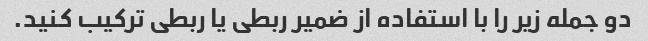
دو جمله زیر را با استفاده از ضمیر ربطی یا ربطی ترکیب کنید.